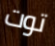
توت